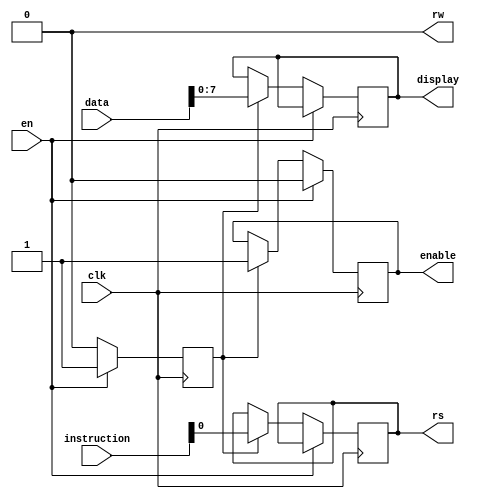
    
module lcd(
	
	input [31:0] instruction, // Dados de instruo ou ao
	input [31:0] data, // Dados para escrever no LCDs
	input clk,
	input en,
          
	output     rw,
	output reg rs,
	output reg enable,
	output reg [7:0] display // Sada de dados para o LCD
);
	
	assign rw    = 1'b0;         // Atribuindo o pino rw, sempre escrita
	reg    state = 1'b0;
	always @(posedge clk)
		 if(en) begin
			 enable    <= 1'b0;
			 state <= 1'b1; 
		 end else if(state) begin
			 enable    <= 1'b1;
			 rs    <= instruction[0];
			 display[7:0] <= data[7:0];
			 state <= 1'b0;
		 end
endmodule